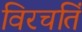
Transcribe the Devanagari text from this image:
विरचतिं